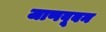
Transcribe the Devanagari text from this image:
जाणवूबन